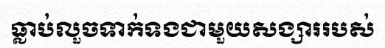
ធ្លាប់លួចទាក់ទងជាមួយសង្សាររបស់